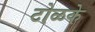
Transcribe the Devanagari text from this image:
टोळके